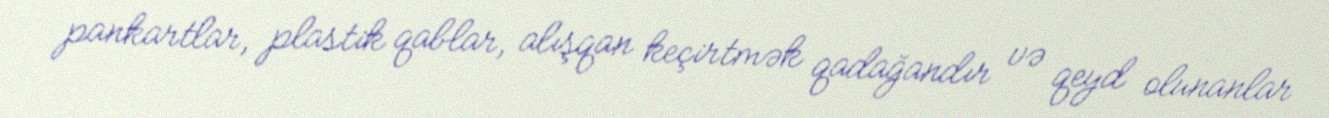
pankartlar, plastik qablar, alışqan keçirtmək qadağandır və qeyd olunanlar